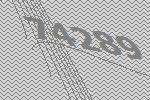
74289